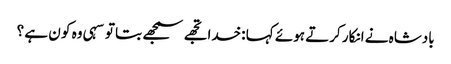
بادشاہ نے انکار کرتے ہوئے کہا :خدا تجھے سمجھے بتا تو سہی وہ کو ن ہے ؟